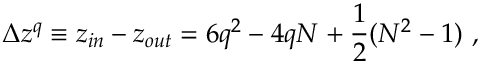
\Delta z ^ { q } \equiv z _ { i n } - z _ { o u t } = 6 q ^ { 2 } - 4 q N + { \frac { 1 } { 2 } } ( N ^ { 2 } - 1 ) \ ,